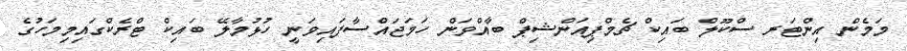
މަމެން އިންޓަރ ސްކޫލް ބައިކް ޗެމްޕިއަންޝިޕް ބާއްވަން ހަމަޖައްސާފައިވަނީ ހުޅުމާލޭ ބައިކް ޓްރެކްގައިމިމަހުގެ